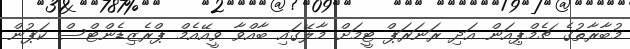
މުބާރާތުގެ ޗެމްޕިއަން އަދި ރަނަރަޕް ޓީމަށް މާލޭގައި ބާއްވާ ވީއޭއެމް ޕްރެޒިޑެންޓްސް ކަޕުން